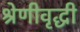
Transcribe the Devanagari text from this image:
श्रेणीवृद्धी